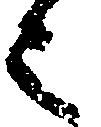
之